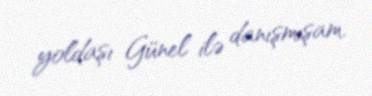
yoldaşı Günel ilə danışmışam.